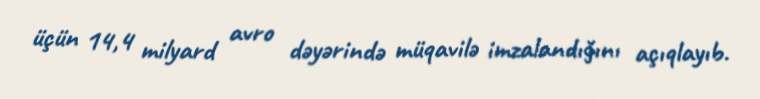
üçün 14,4 milyard avro dəyərində müqavilə imzalandığını açıqlayıb.